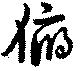
俯